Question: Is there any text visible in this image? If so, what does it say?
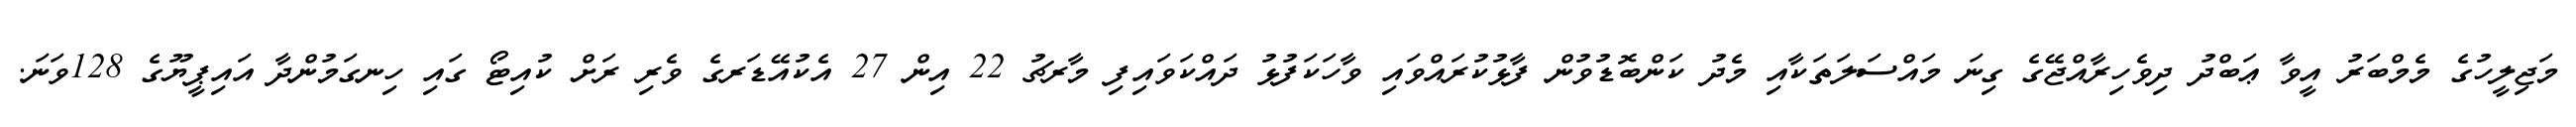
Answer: މަޖިލީހުގެ މެމްބަރު އީވާ ޢަބްދު ދިވެހިރާއްޖޭގެ ގިނަ މައްސަލަތަކާއި މެދު ކަންބޮޑުވުން ފާޅުކުރައްވައި ވާހަކަފުޅު ދައްކަވައިފި މާރޗު 22 އިން 27 އެކުއޭޑަރގެ ވެރި ރަށް ކުއިޓޯ ގައި ހިނގަމުންދާ އައިޕީޔޫގެ 128ވަނަ.